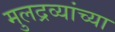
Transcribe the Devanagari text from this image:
मुलद्रव्यांच्या